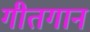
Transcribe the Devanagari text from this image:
गीतगान